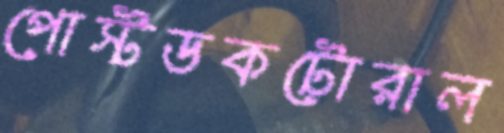
পোস্টডকটোরাল